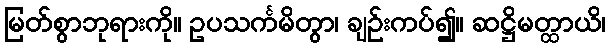
မြတ်စွာဘုရားကို။ ဥပသင်္ကမိတွာ၊ ချဉ်းကပ်၍။ ဆဋ္ဌိမတ္ထာယိ၊